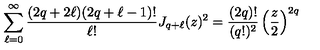
\sum _ { \ell = 0 } ^ { \infty } \frac { ( 2 q + 2 \ell ) ( 2 q + \ell - 1 ) ! } { \ell ! } J _ { q + \ell } ( z ) ^ { 2 } = \frac { ( 2 q ) ! } { ( q ! ) ^ { 2 } } \left( \frac { z } { 2 } \right) ^ { 2 q }